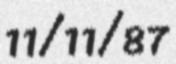
11/11/87